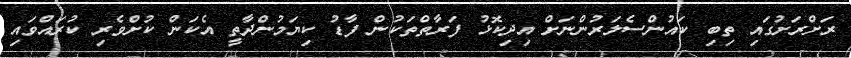
ރަށްރަށުގައި ތިބި ކައުންސެލަރުންނަށް އިދިކޮޅު ފަރާތްތަކުން ފާޑު ކިޔަމުންދާތީ އެކަން ކުށްވެރި ކުރައްވައި